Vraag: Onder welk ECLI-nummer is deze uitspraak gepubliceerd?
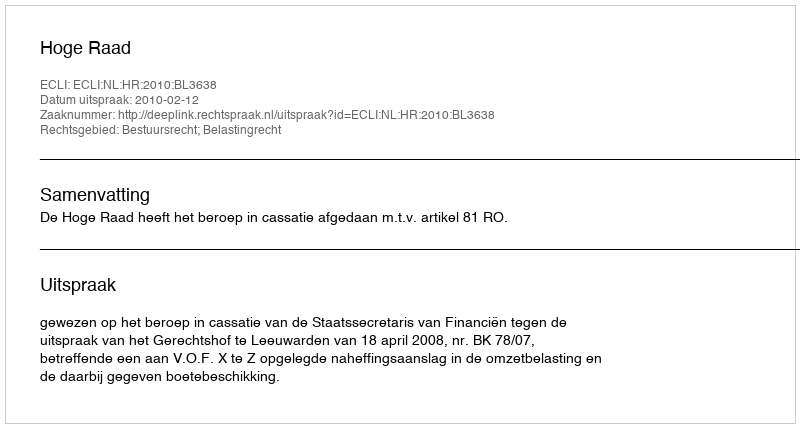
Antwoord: ECLI:NL:HR:2010:BL3638